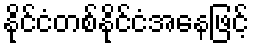
နိုင်ငံတစ်နိုင်ငံအနေဖြင့်